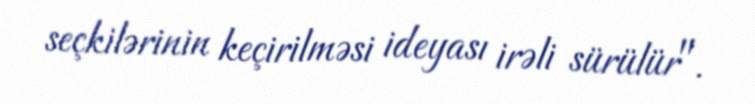
seçkilərinin keçirilməsi ideyası irəli sürülür".